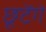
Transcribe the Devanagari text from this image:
छूटेंगे